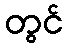
တွင်